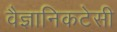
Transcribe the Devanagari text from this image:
वैज्ञानिकटेसी